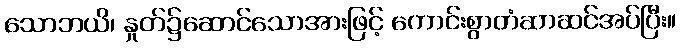
သောဘယိ၊ နှုတ်၌ဆောင်သောအားဖြင့် ကောင်းစွာတံဆာဆင်အပ်ပြီး။